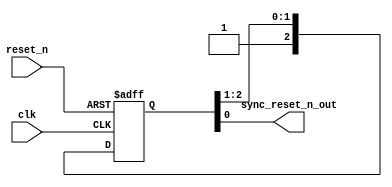
module reset_synchronizer #(parameter NUM_OF_STAGES=3)
(
	input clk,
	input reset_n,
	output wire sync_reset_n_out
);

reg [NUM_OF_STAGES-1:0] ff;

always @(posedge clk or negedge reset_n) begin : proc_sync_reset_n_out
	if(~reset_n) begin
		ff <= 0;
	end else begin
		ff <= {1'h1, ff[NUM_OF_STAGES-1:1]};
	end
end

assign sync_reset_n_out = ff[0];

endmodule